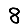
Digit: 8